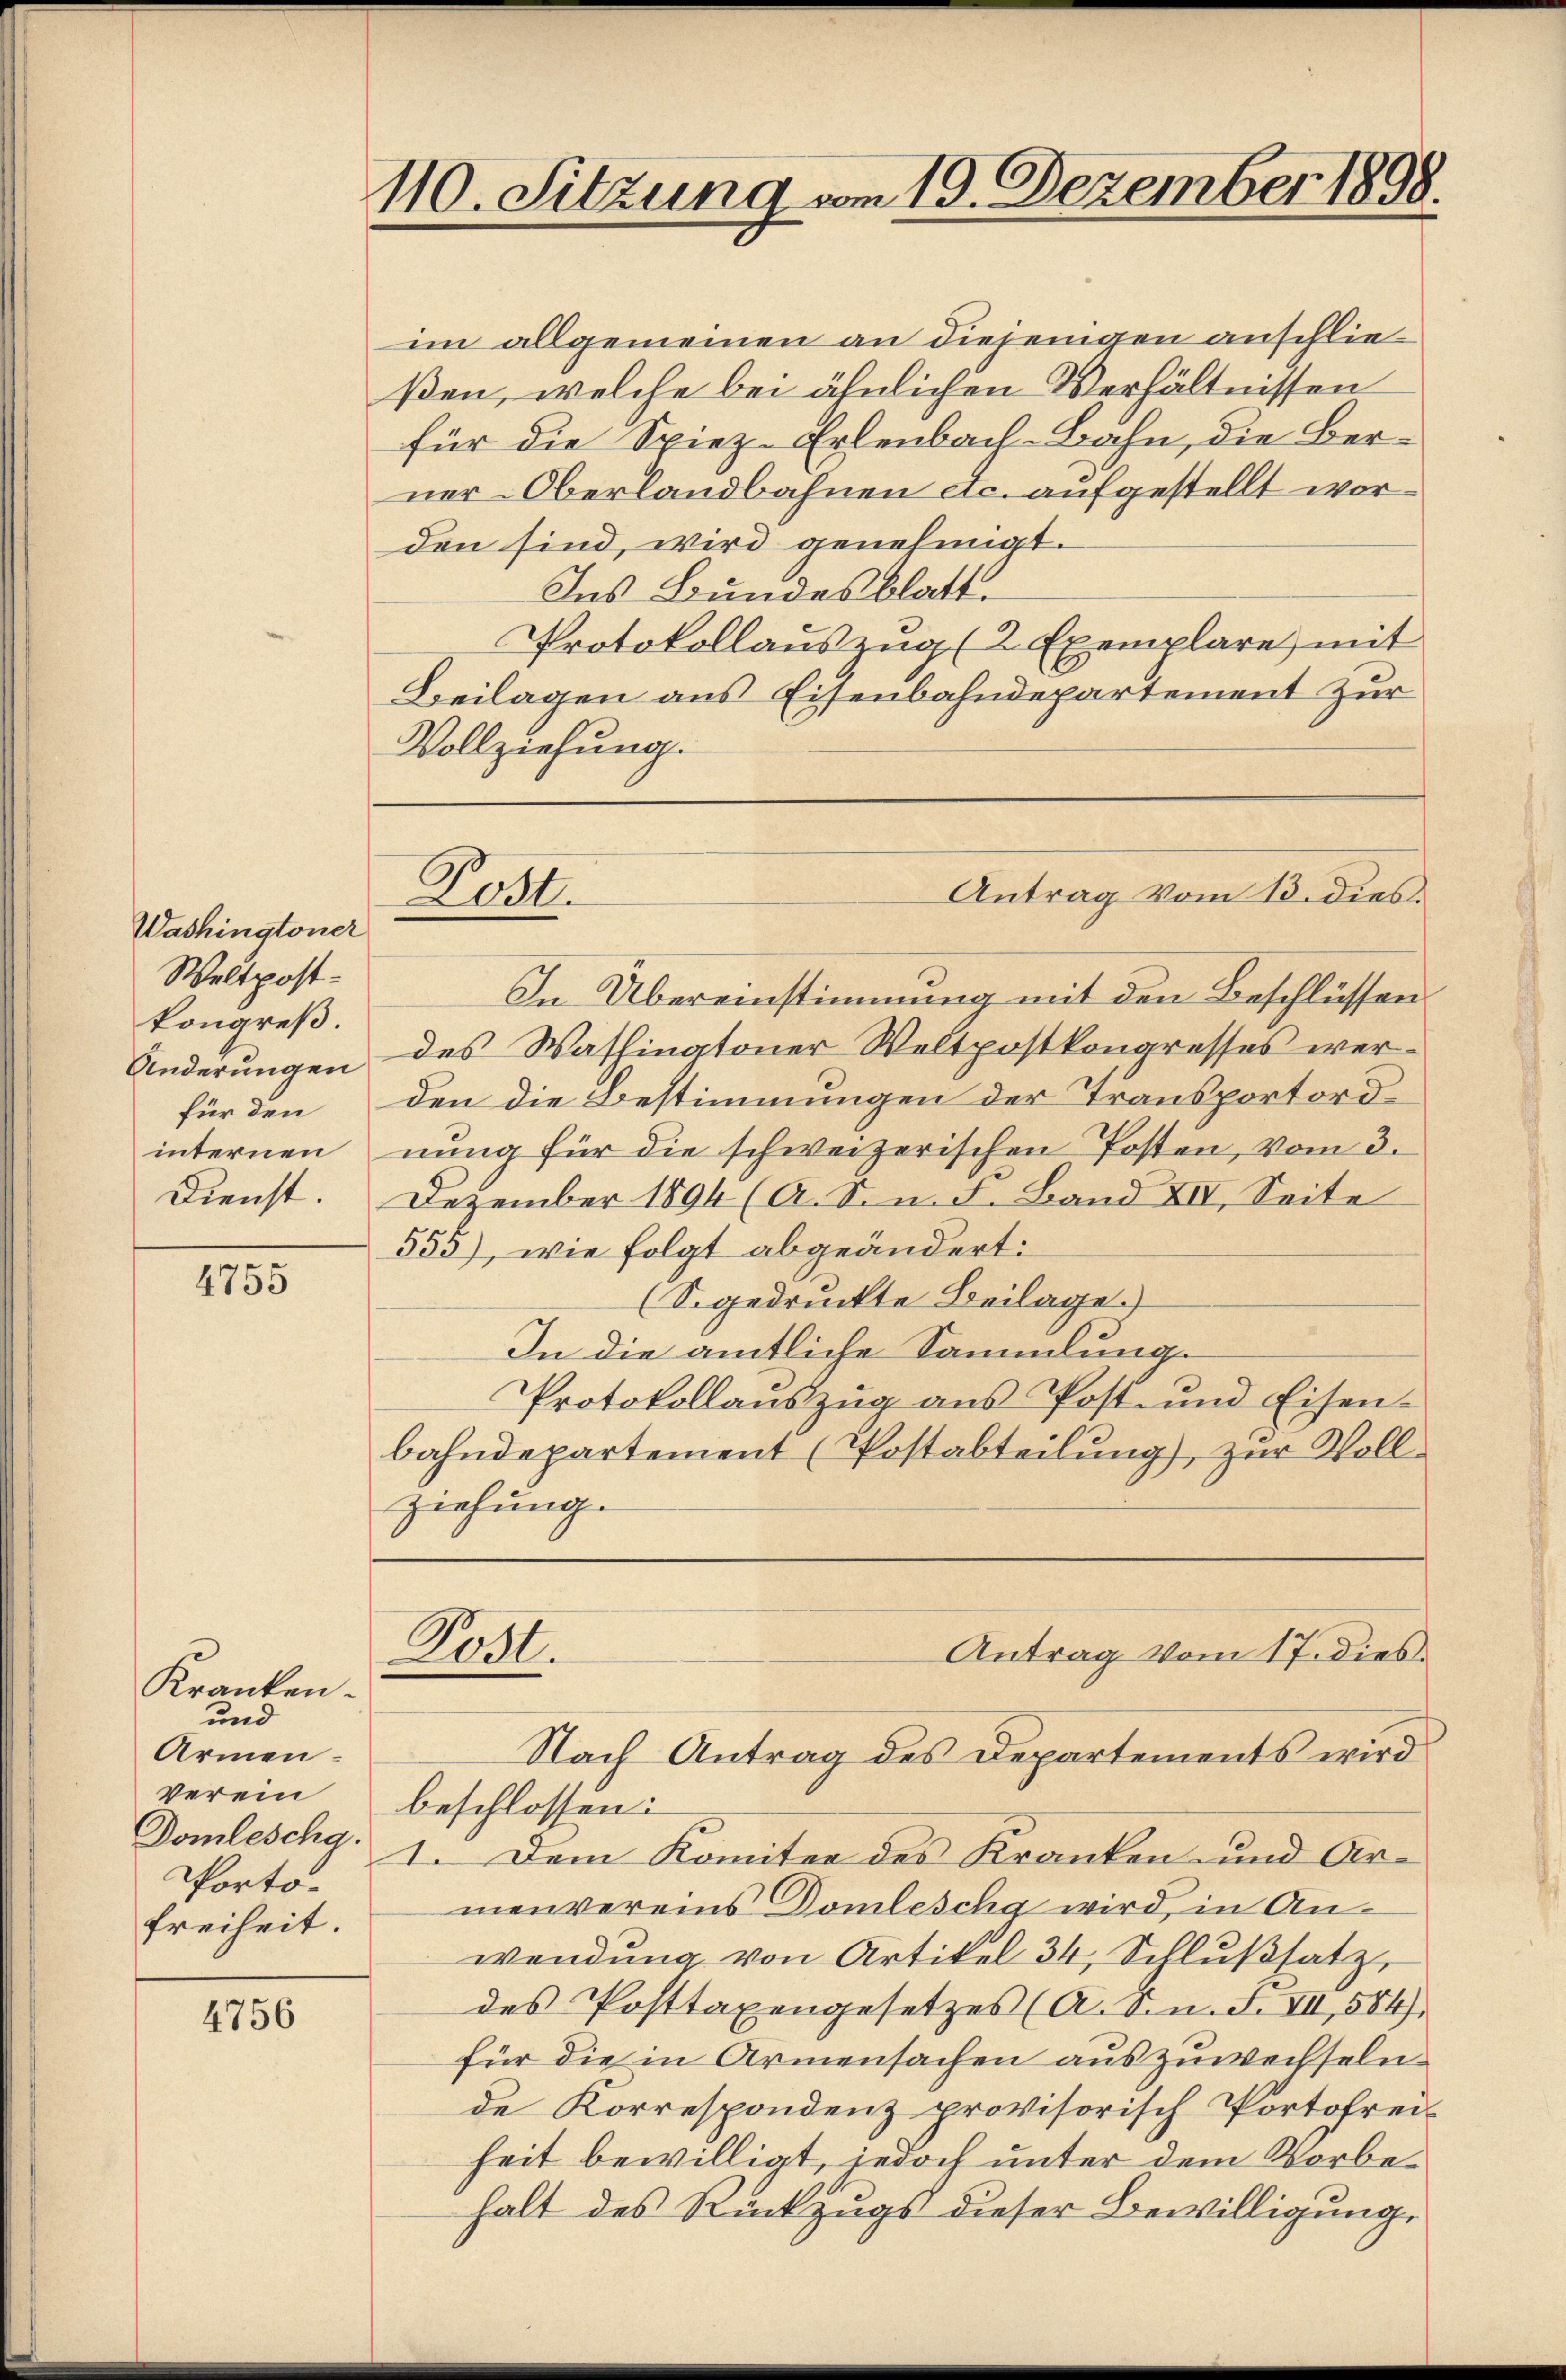
Washingtoner
Weltpost-
kongreß.
Änderungen
für den
internen

4755

Kranken.
und
Armen-
Portofreiheit.

4756

110. Sitzung vom 19. Dezember 1898.

im allgemeinen an diejenigen anschließen, welche bei ähnlichen Verhältnissen
für die Spiez-Erlenbach-Bahn, die Berner-Oberlandbahnen etc. aufgestellt worden sind, wird genehmigt.
Ins Bundesblatt.
Protokollauszug (2 Exemplare mit
Beilagen aus Eisenbahndepartement zur
Vollziehung.

Pot.

In Übereinstimmung mit den Beschlüssen.
des Washingtoner Weltpostkongresses werden die Bestimmungen der Transportordnung für die schweizerischen Posten, vom 3.
Dienst. Dezember 1894 (A. S. n. F. Band XII. Seite
555), wie folgt abgeändert:
(S. gedruckte Beilage.)
In die amtliche Sammlung.
Protokollaŭszŭg ans Post- und Eisen-
bahndepartement (Postabteilung), zur Vollziehung.
Post.
Antrag vom 17. dies
Nach Antrag des Departements wird
verein beschlossen:
Domleschg. 1. Dem Komitee des Kranken und Ar-
menvereins Domleschy wird, in Anwendung von Artikel 34, Schlŭβsatz,
des Posttaxengesetzes (A. S. n. F. VII, 584).
für die in Armensachen auszuwechseln.
de Korrespondenz provisorisch Portofrei-
heit bewilligt, jedoch unter dem Vorbehalt des Rückzugs dieser Bewilligung,

Antrag vom 13. dies